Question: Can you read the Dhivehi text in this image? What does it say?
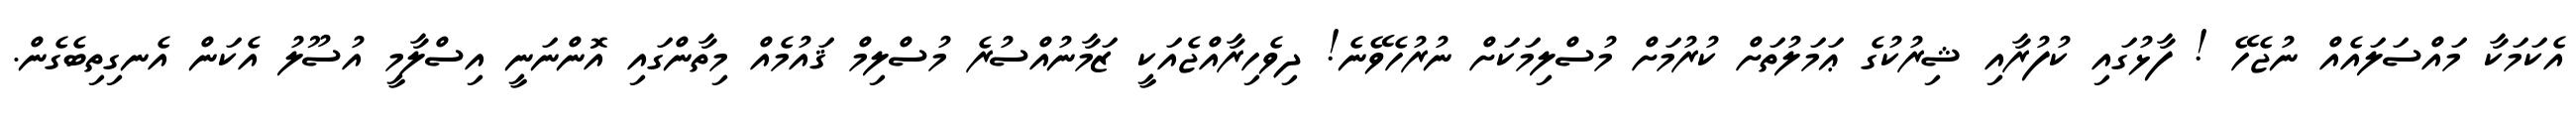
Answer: އެކަމަކާ މައްސަލައެއް ނުޖެހޭ ! ފާޅުގައި ކުފުރާއި ޝިރުކުގެ ޢަމަލުތަށް ކުރުމަށް މުސްލިމަކަށް ނުރުހެވޭނެ! ދިވެހިރާއްޖެއަކީ ޒަމާނުއްސުރެ މުސްލިމް ޤައުމެއް މިތާންގައި އޮންނަނީ އިސްލާމީ އުސޫލު އެކަން އެނގިތިބެގެން.